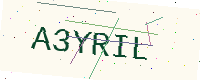
Text: A3YRIL